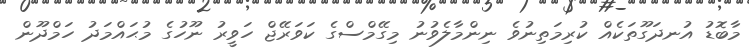
މާބޮޑު އުނދަގޫތަކެއް ކުރިމަތިނުވެ ނިންމާލެވުނު މިގޭމްސްގެ ކަވަރޭޖް ހަވީރު ނޫހުގެ މުޙައްމަދު ހަމްދޫން